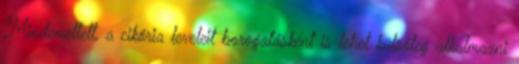
Mindemellett, a cikória leveleit borogatásként is lehet külsőleg alkalmazni